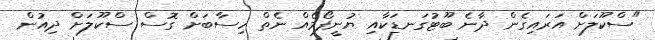
"ސްކޫލަށް އަރައިގެން ދާނެ ބޫޓުގަނޑަކާއި ޔުނީފޯމެއް ނެތް ހިސާބަށް ގޮސް ސްކޫލަށް ދިއުން